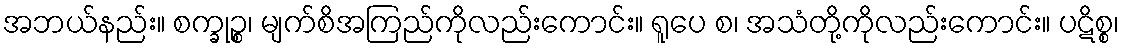
အဘယ်နည်း။ စက္ခုဉ္စ၊ မျက်စိအကြည်ကိုလည်းကောင်း။ ရူပေ စ၊ အသံတို့ကိုလည်းကောင်း။ ပဋိစ္စ၊